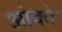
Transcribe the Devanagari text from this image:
आंको